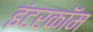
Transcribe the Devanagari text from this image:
इंटरकाॅम